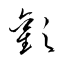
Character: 歡